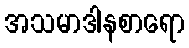
အသမာဒါနစာရော